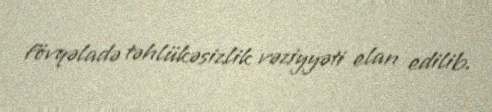
fövqəladə təhlükəsizlik vəziyyəti elan edilib.